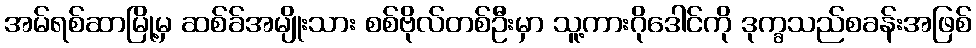
အမ်ရစ်ဆာမြို့မှ ဆစ်ခ်အမျိုးသား စစ်ဗိုလ်တစ်ဦးမှာ သူ့ကားဂိုဒေါင်ကို ဒုက္ခသည်စခန်းအဖြစ်